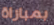
بمباراة